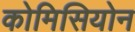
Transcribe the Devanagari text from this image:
कोमिसियोन